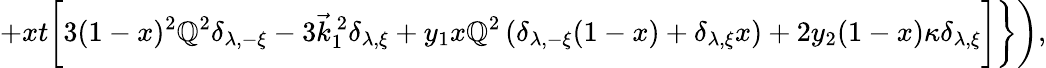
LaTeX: +xt\biggl[3(1-x)^{2}\mathbb{Q}^{2}\delta_{\lambda,-\xi}-3\vec{{k}}_{1}^{~2}\delta_{\lambda,\xi}+y_{1}x\mathbb{Q}^{2}\left(\delta_{\lambda,-\xi}(1-x)+\delta_{\lambda,\xi}x\right)+2y_{2}(1-x)\kappa\delta_{\lambda,\xi}\biggr]\biggr\} \biggr),